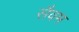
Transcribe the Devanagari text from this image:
सैवम